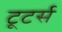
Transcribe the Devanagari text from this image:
टूटर्स